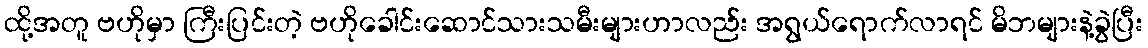
ထို့အတူ ဗဟိုမှာ ကြီးပြင်းတဲ့ ဗဟိုခေါင်းဆောင်သားသမီးများဟာလည်း အရွယ်ရောက်လာရင် မိဘများနဲ့ခွဲပြီး